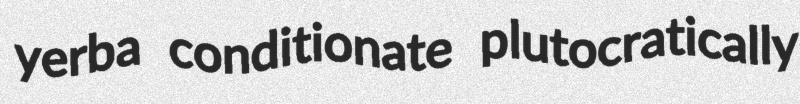
yerba conditionate plutocratically